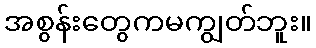
အစွန်းတွေကမကျွတ်ဘူး။